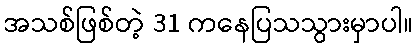
အသစ်ဖြစ်တဲ့ 31 ကနေပြသသွားမှာပါ။